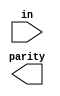
`timescale 1ns / 1ps
//////////////////////////////////////////////////////////////////////////////////
// Company: 
// 
// Design Name: 
// Module Name: parity32
// Project Name: 
// Target Devices: 
// Tool Versions: 
// Description: 
// 
// Dependencies: 
// 
// Revision:
// Revision 0.01 - File Created
// Additional Comments:
// 
//////////////////////////////////////////////////////////////////////////////////


module parity32(
    output parity,
    input [31:0] in
    );
    
    assign out = ~^in;
endmodule